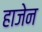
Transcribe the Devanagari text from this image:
हाजेन